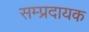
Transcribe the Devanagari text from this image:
सम्‍प्रदायक